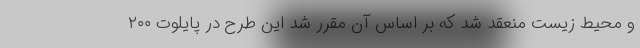
و محیط زیست منعقد شد که بر اساس آن مقرر شد این طرح در پایلوت ۲۰۰